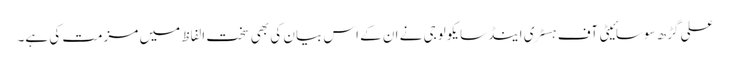
علی گڑھ سوسائیٹی آف ہسٹری اینڈسایکولوجی نے ان کے اس بیان کی بھی سخت الفاظ میں مزمت کی ہے۔